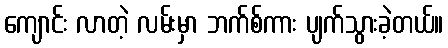
ကျောင်း လာတဲ့ လမ်းမှာ ဘက်စ်ကား ပျက်သွားခဲ့တယ်။